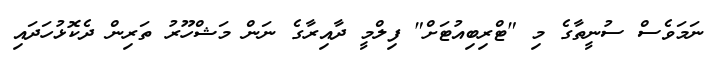
ނަމަވެސް ސުނީތާގެ މި "ޓްރިބިއުޓަށް" ފިލްމީ ދާއިރާގެ ނަން މަޝްހޫރު ތަރިން ދެކޮޅުހަދައި